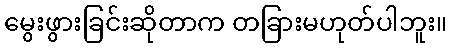
မွေးဖွားခြင်းဆိုတာက တခြားမဟုတ်ပါဘူး။